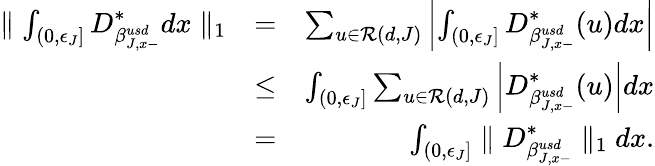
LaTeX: \begin{array}{rlr}{\parallel\int_{(0,\epsilon_{J}]}D_{\beta_{J,x-}^{usd}}^{*}dx\parallel_{1}}&{=}&{\sum_{u\in{\cal R}(d,J)}\left|\int_{(0,\epsilon_{J}]}D_{\beta_{J,x-}^{usd}}^{*}(u)dx\right|}\\ &{\leq}&{\int_{(0,\epsilon_{J}]}\sum_{u\in{\cal R}(d,J)}\left|D_{\beta_{J,x-}^{usd}}^{*}(u)\right|dx}\\ &{=}&{\int_{(0,\epsilon_{J}]}\parallel D_{\beta_{J,x-}^{usd}}^{*}\parallel_{1}dx.}\end{array}